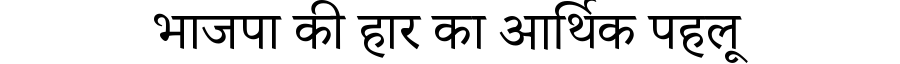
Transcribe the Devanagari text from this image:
भाजपा की हार का आर्थिक पहलू